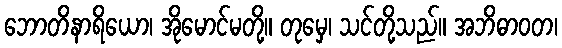
ဘောတိနာရိယော၊ အိုမောင်မတို့။ တုမှေ၊ သင်တို့သည်။ အဘိဓာဝတ၊